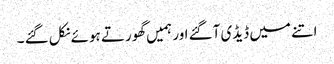
اتنے میں ڈیڈی آگئے اور ہمیں گھورتے ہوئے نکل گئے ۔